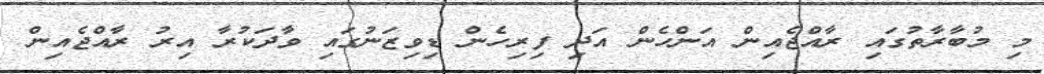
މި މުބާރާތުގައި ރާއްޖެއިން އަންހެން އަދި ފިރިހެން ޑިވިޒަނުގައި ވާދަކުރާ އިރު ރާއްޖެއިން